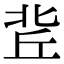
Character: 𠤢